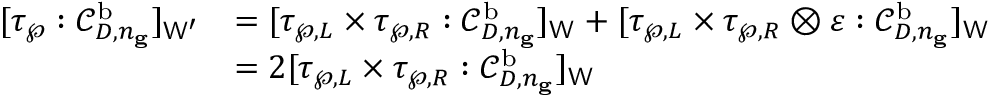
\begin{array} { r l } { [ \tau _ { \wp } : \mathcal { C } _ { D , n _ { \mathbf g } } ^ { \mathrm b } ] _ { \mathsf { W } _ { \ng } ^ { \prime } } } & { = [ \tau _ { \wp , L } \times \tau _ { \wp , R } : \mathcal { C } _ { D , n _ { \mathbf g } } ^ { \mathrm b } ] _ { \mathsf { W } _ { \ng } } + [ \tau _ { \wp , L } \times \tau _ { \wp , R } \otimes \varepsilon : \mathcal { C } _ { D , n _ { \mathbf g } } ^ { \mathrm b } ] _ { \mathsf { W } _ { \ng } } } \\ & { = 2 [ \tau _ { \wp , L } \times \tau _ { \wp , R } : \mathcal { C } _ { D , n _ { \mathbf g } } ^ { \mathrm b } ] _ { \mathsf { W } _ { \ng } } } \end{array}